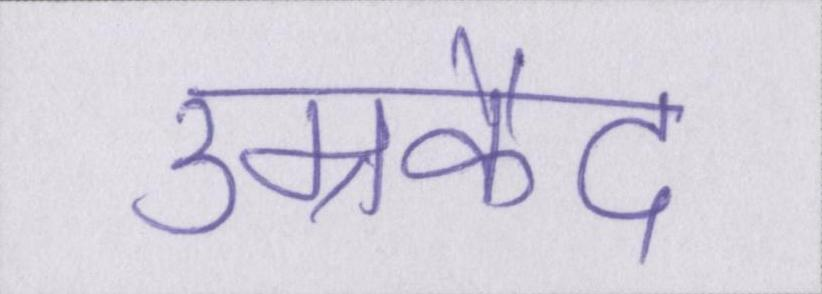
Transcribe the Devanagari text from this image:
उम्रकैद